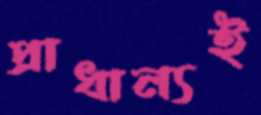
প্রাধান্যই